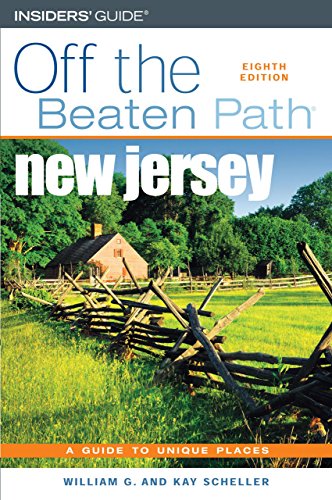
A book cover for New Jersey Off the Beaten Path, 8th (Off the Beaten Path Series); Bill Scheller; Travel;